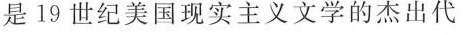
是19世纪美国现实主义文学的杰出代